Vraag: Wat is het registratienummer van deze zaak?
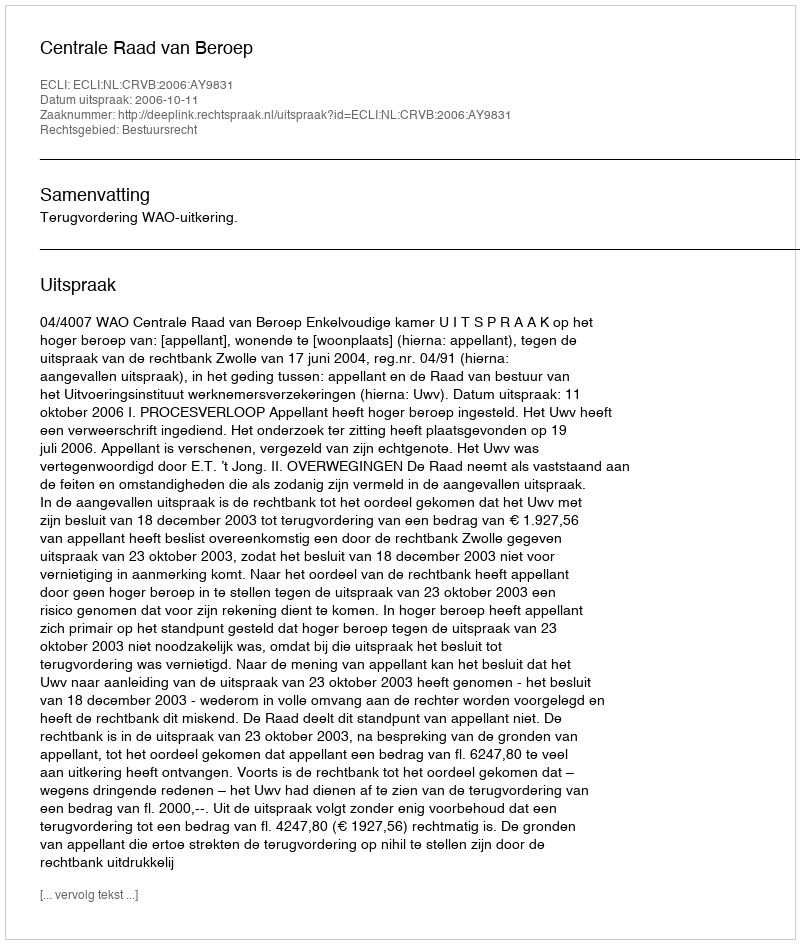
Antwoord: http://deeplink.rechtspraak.nl/uitspraak?id=ECLI:NL:CRVB:2006:AY9831